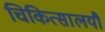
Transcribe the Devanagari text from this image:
चिकित्सालयौं